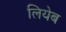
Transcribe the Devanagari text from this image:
लियेब